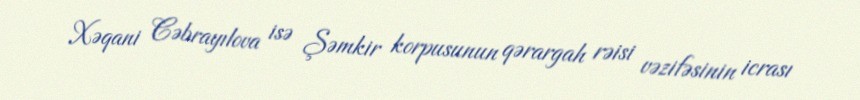
Xəqani Cəbrayılova isə Şəmkir korpusunun qərargah rəisi vəzifəsinin icrası